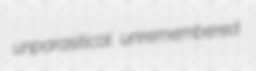
unparasitical unremembered